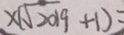
x \sqrt { 2 0 1 9 } + 1 ) =